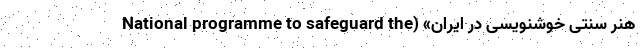
هنر سنتی خوشنویسی در ایران» (National programme to safeguard the